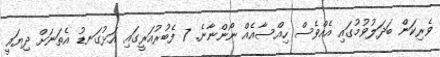
ވެރިކަން ބަދަލުވުމުގައި އެއްވެސް ހިއްސާއެއް ނޯންނާނެ. 7 ފެބުރުއަރީގައި އަޅުގަނޑު އެތަނަށް ދިޔައީ